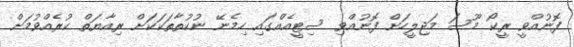
ފޮނުއްވީ ރީކޯ މޫސަ މަޖިލީހަށް ފޮނުއްވި ސިޓީއެއްގައި ހިމެނޭ ނުކުތާތަކަކަށް ރިއާޔަތް ކުރެއްވުމަށް